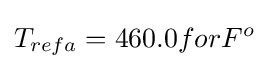
T_{refa}=460.0forF^{o}